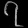
Digit: ၇